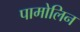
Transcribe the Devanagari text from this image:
पामोलिन